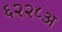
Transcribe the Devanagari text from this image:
६२२८अ